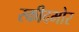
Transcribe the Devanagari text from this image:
स्कीदमोर